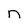
Character: n